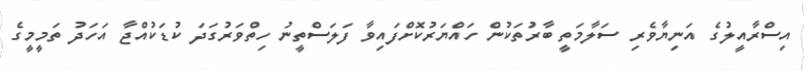
އިސްރާއީލުގެ އަނިޔާވެރި ސަލާމަތީ ބާރުތަކުން ހައްޔަރުކޮށްފައިވާ ފަލަސްތީނު ހިތްވަރުގަދަ ކުޑަކުއްޖާ އަހަދު ތަމީމީގެ